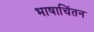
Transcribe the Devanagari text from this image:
भाषाचिंतन